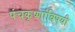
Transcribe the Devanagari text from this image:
पंचकृष्णांविषयी